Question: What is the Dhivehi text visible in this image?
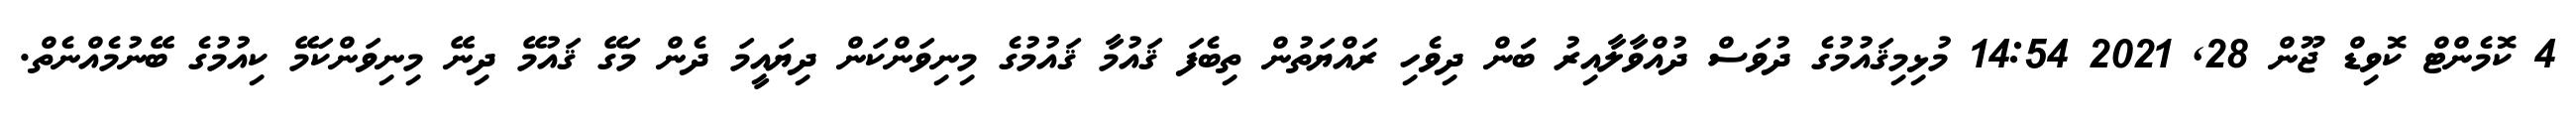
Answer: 4 ކޮމެންޓް ކޮވިޑް ޖޫން 28, 2021 14:54 މުޅިމިޤައުމުގެ ދުވަސް ދުއްވާލާއިރު ބަަން ދިވެހި ރައްޔަތުން ތިބެފަ ޤައުމާ ޤައުމުގެ މިނިވަންކަން ދިޔައީމަ ދެން މަގޭ ޤައުމޭ ދިނޭ މިނިވަންކަމޭ ކިއުމުގެ ބޭނުމެއްނެތް.